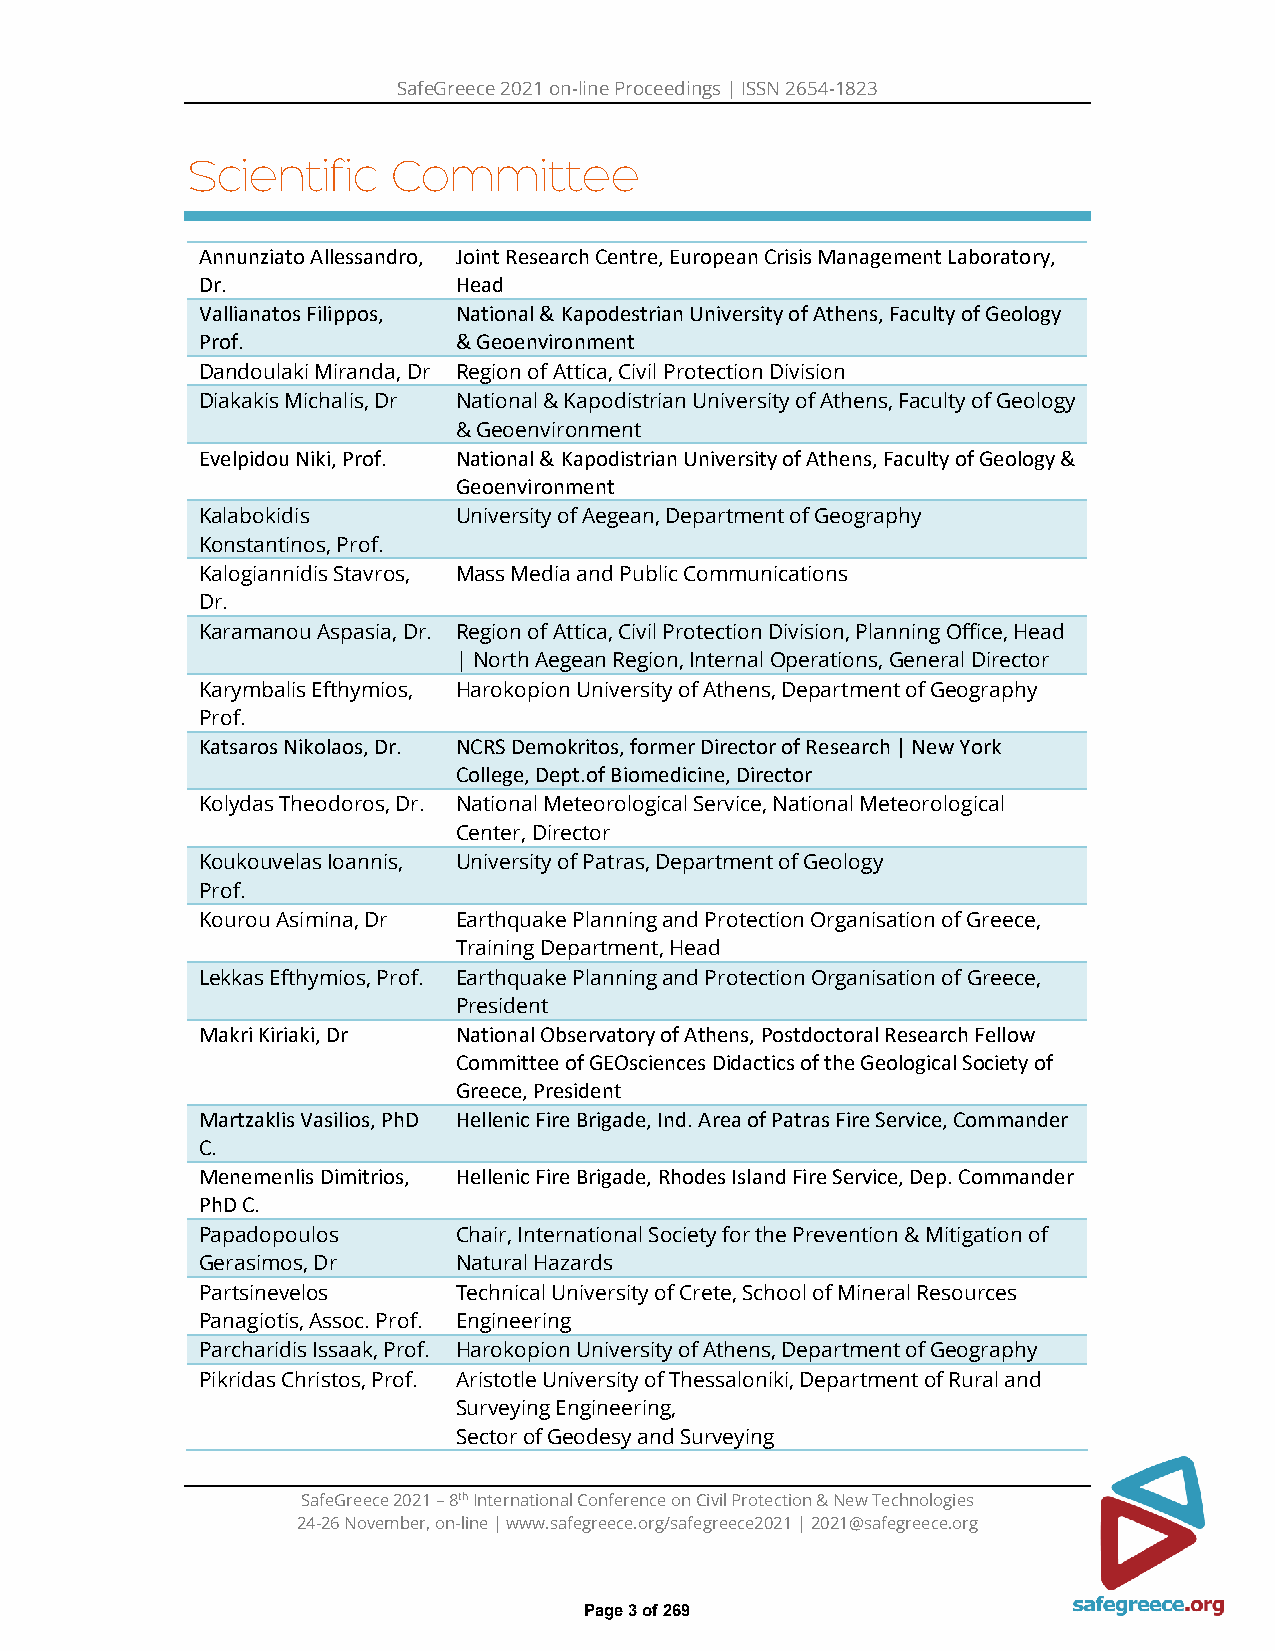
SafeGreece 2021 on-line Proceedings | ISSN 2654-1823
 Scientific    Committee
 Annunziato Allessandro, Joint Research Centre, European Crisis Management Laboratory,
 Dr.              Head
 Vallianatos Filippos, National & Kapodestrian University of Athens, Faculty of Geology
 Prof.            & Geoenvironment
 Dandoulaki Miranda, Dr Region of Attica, Civil Protection Division
 Diakakis Michalis, Dr National & Kapodistrian University of Athens, Faculty of Geology
 & Geoenvironment
 Evelpidou Niki, Prof. National & Kapodistrian University of Athens, Faculty of Geology &
 Geoenvironment
 Kalabokidis      University of Aegean, Department of Geography
 Konstantinos, Prof.
 Kalogiannidis Stavros, Mass Media and Public Communications
 Dr.
 Karamanou Aspasia, Dr. Region of Attica, Civil Protection Division, Planning Office, Head
 | North Aegean Region, Internal Operations, General Director
 Karymbalis Efthymios, Harokopion University of Athens, Department of Geography
 Prof.
 Katsaros Nikolaos, Dr. NCRS Demokritos, former Director of Research | New York
 College, Dept.of Biomedicine, Director
 Kolydas Theodoros, Dr. National Meteorological Service, National Meteorological
 Center, Director
 Koukouvelas Ioannis, University of Patras, Department of Geology
 Prof.
 Kourou Asimina, Dr Earthquake Planning and Protection Organisation of Greece,
 Training Department, Head
 Lekkas Efthymios, Prof. Earthquake Planning and Protection Organisation of Greece,
 President
 Makri Kiriaki, Dr National Observatory of Athens, Postdoctoral Research Fellow
 Committee of GEOsciences Didactics of the Geological Society of
 Greece, President
 Martzaklis Vasilios, PhD Hellenic Fire Brigade, Ind. Area of Patras Fire Service, Commander
 C.
 Menemenlis Dimitrios, Hellenic Fire Brigade, Rhodes Island Fire Service, Dep. Commander
 PhD C.
 Papadopoulos     Chair, International Society for the Prevention & Mitigation of
 Gerasimos, Dr    Natural Hazards
 Partsinevelos    Technical University of Crete, School of Mineral Resources
 Panagiotis, Assoc. Prof. Engineering
 Parcharidis Issaak, Prof. Harokopion University of Athens, Department of Geography
 Pikridas Christos, Prof. Aristotle University of Thessaloniki, Department of Rural and
 Surveying Engineering,
 Sector of Geodesy and Surveying
 SafeGreece 2021 – 8th International Conference on Civil Protection & New Technologies
 24-26 November, on-line | www.safegreece.org/safegreece2021 | 2021@safegreece.org
 Page 3 of 269